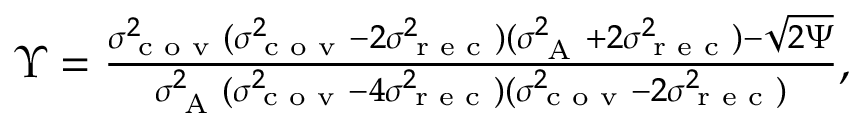
\begin{array} { r } { \Upsilon = \frac { \sigma _ { \textrm { c o v } } ^ { 2 } ( \sigma _ { \textrm { c o v } } ^ { 2 } - 2 \sigma _ { \textrm { r e c } } ^ { 2 } ) ( \sigma _ { \textrm { A } } ^ { 2 } + 2 \sigma _ { \textrm { r e c } } ^ { 2 } ) - \sqrt { 2 \Psi } } { \sigma _ { \textrm { A } } ^ { 2 } ( \sigma _ { \textrm { c o v } } ^ { 2 } - 4 \sigma _ { \textrm { r e c } } ^ { 2 } ) ( \sigma _ { \textrm { c o v } } ^ { 2 } - 2 \sigma _ { \textrm { r e c } } ^ { 2 } ) } , } \end{array}